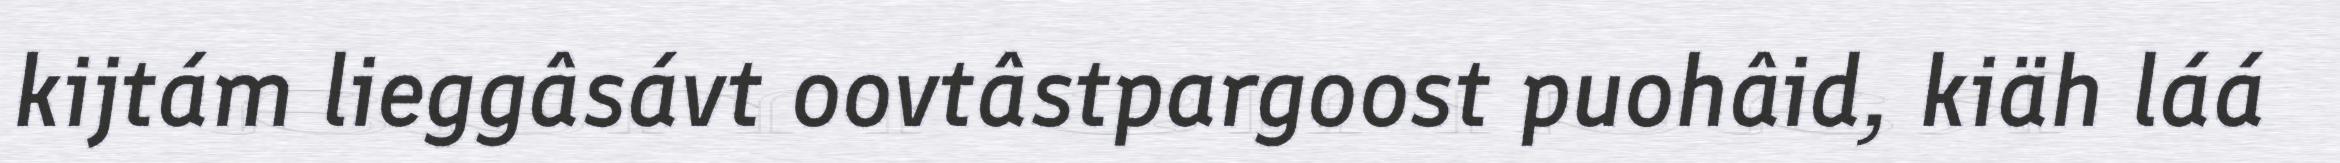
kijtám lieggâsávt oovtâstpargoost puohâid, kiäh láá